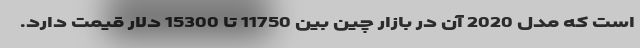
است که مدل 2020 آن در بازار چین بین 11750 تا 15300 دلار قیمت دارد.